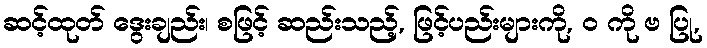
ဆင့်ထုတ် ဒွေးချည်း၊ စဖြင့် ဆည်းသည့်, ဖြင့်ပည်းများကို, ဝ ကို ဗ ပြု,